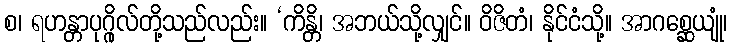
စ၊ ရဟန္တာပုဂ္ဂိုလ်တို့သည်လည်း။ ‘ကိန္တိ၊ အဘယ်သို့လျှင်။ ဝိဇိတံ၊ နိုင်ငံသို့။ အာဂစ္ဆေယျုံ၊